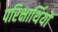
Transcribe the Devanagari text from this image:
परिक्षार्थियों